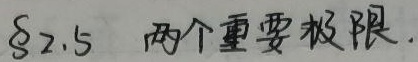
\(\S 2.5\) 两个重要极限。